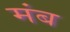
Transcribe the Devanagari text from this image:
मंब